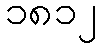
၁၈၁၂